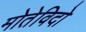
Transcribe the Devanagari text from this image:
मोतेविदो